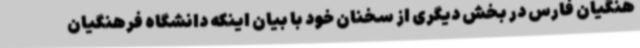
هنگیان فارس در بخش دیگری از سخنان خود با بیان اینکه دانشگاه فرهنگیان